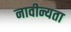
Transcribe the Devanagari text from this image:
नावीन्यता